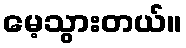
မေ့သွားတယ်။